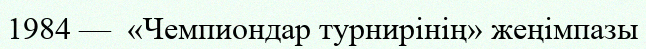
1984 —  «Чемпиондар турнирінің» жеңімпазы